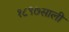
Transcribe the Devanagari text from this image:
१८९७साली